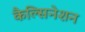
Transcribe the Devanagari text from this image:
कैल्सिनेशन